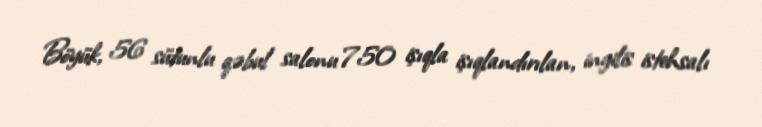
Böyük, 56 sütunlu qəbul salonu 750 işıqla işıqlandırılan, ingilis istehsalı